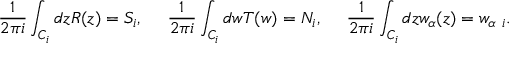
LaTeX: \frac { 1 } { 2 \pi i } \int _ { C _ { i } } d z R ( z ) = S _ { i } , ~ ~ ~ ~ \frac { 1 } { 2 \pi i } \int _ { C _ { i } } d w T ( w ) = N _ { i } , ~ ~ ~ ~ \frac { 1 } { 2 \pi i } \int _ { C _ { i } } d z w _ { \alpha } ( z ) = w _ { \alpha ~ i } .